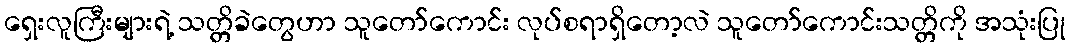
ရှေးလူကြီးများရဲ့ သတ္တိခဲတွေဟာ သူတော်ကောင်း လုပ်စရာရှိတော့လဲ သူတော်ကောင်းသတ္တိကို အသုံးပြု